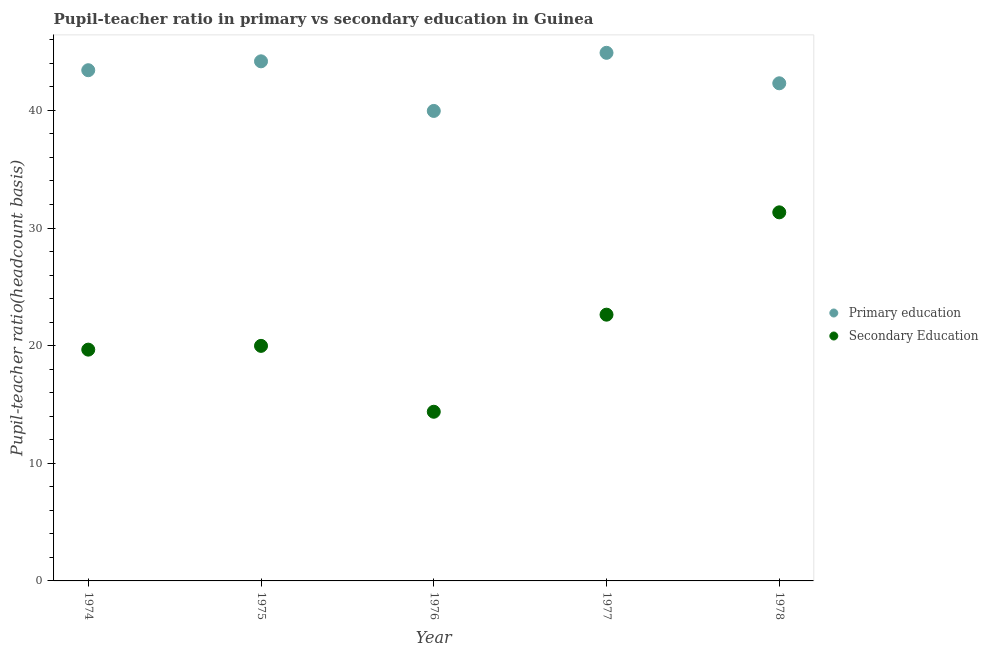
| Year | Primary education | Secondary Education |
 | --- | --- | --- |
 | 1974 | 43.4 | 19.7 |
 | 1975 | 44.2 | 20 |
 | 1976 | 40 | 14.4 |
 | 1977 | 44.9 | 22.6 |
 | 1978 | 42.3 | 31.3 |